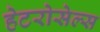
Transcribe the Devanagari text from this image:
हेटरोसेल्स